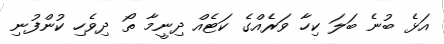
އަޅެ ބުނެ ބަލަ ކިހާ ވަރެއްގެ ކަޓެއް ދިނީމާ ތޯ ދިވެހި ކުންފުނި